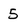
Character: 5